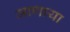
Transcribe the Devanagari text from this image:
जाणाया